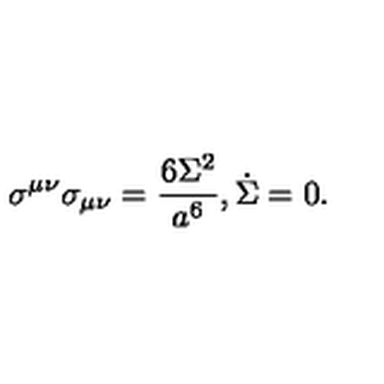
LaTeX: \sigma ^ { \mu \nu } \sigma _ { \mu \nu } = { \frac { 6 \Sigma ^ { 2 } } { a ^ { 6 } } } , \dot { \Sigma } = 0 .